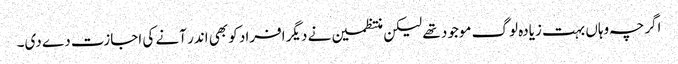
اگرچہ وہاں بہت زیادہ لوگ موجود تھے لیکن منتظمین نے دیگر افراد کو بھی اندر آنے کی اجازت دے دی۔